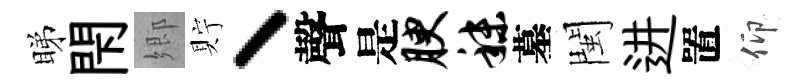
睇閇郷貯丶聲是腴秣墓閩进置仰